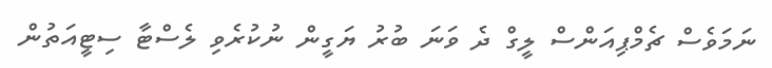
ނަމަވެސް ޗެމްޕިއަންސް ލީގް ދެ ވަނަ ބުރު ޔަގީން ނުކުރެވި ލެސްޓާ ސިޓީއަތުން